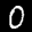
Label: 0